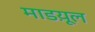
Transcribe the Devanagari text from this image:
माडय़ूल